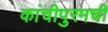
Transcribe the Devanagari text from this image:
कांचीपुरमची